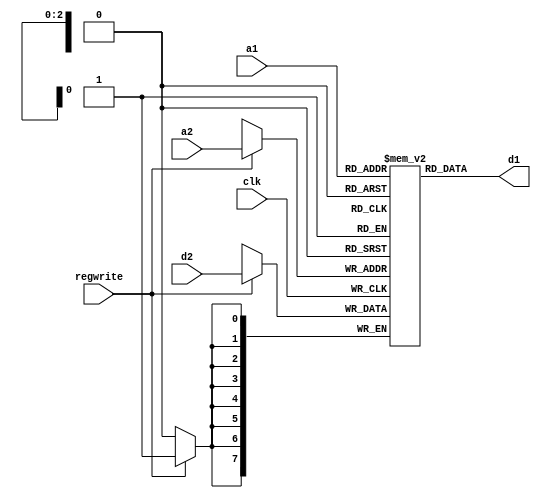
module RF1(a1,a2,d1,d2,clk,regwrite);
input clk;
input [2:0] a1,a2;
input [7:0] d2;
input regwrite;
output [7:0] d1;

reg [7:0] reg_file [7:0];
integer i;
initial
begin
for(i=1;i<8;i=i+1)
reg_file[i-1]=8'b0;
end


assign d1=reg_file[a1];

always @(posedge clk)
begin
if(regwrite)
reg_file[a2]<=d2;
end
endmodule